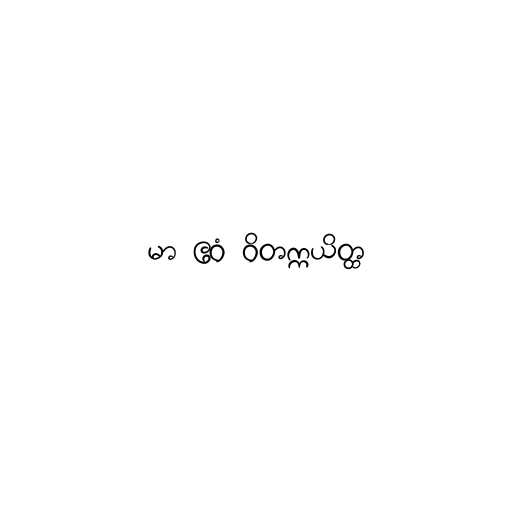
မာ ဧဝံ ဝိတက္ကယိတ္ထ